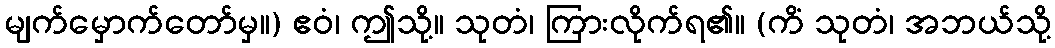
မျက်မှောက်တော်မှ။) ဧဝံ၊ ဤသို့။ သုတံ၊ ကြားလိုက်ရ၏။ (ကိံ သုတံ၊ အဘယ်သို့